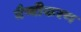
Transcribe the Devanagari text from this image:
वैष्वीकरण